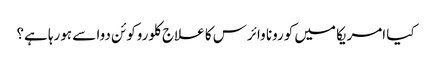
کیا امریکا میں کورونا وائرس کا علاج کلوروکوئن دوا سے ہورہا ہے؟